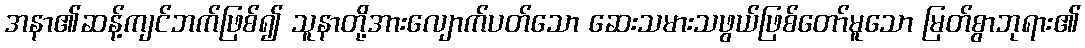
အနာ၏ဆန့်ကျင်ဘက်ဖြစ်၍ သူနာတို့အားလျောက်ပတ်သော ဆေးသမားသဖွယ်ဖြစ်တော်မူသော မြတ်စွာဘုရား၏